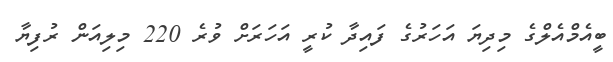
ބީއެމްއެލްގެ މިދިޔަ އަހަރުގެ ފައިދާ ކުރީ އަހަރަށް ވުރެ 220 މިލިއަން ރުފިޔާ